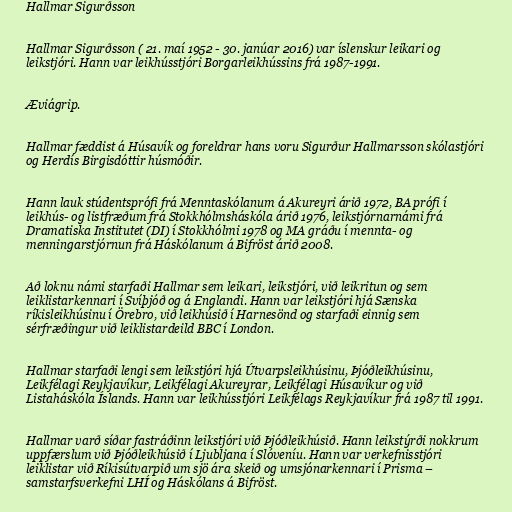
Hallmar Sigurðsson

Hallmar Sigurðsson ( 21. maí 1952 - 30. janúar 2016) var íslenskur leikari og
leikstjóri. Hann var leikhússtjóri Borgarleikhússins frá 1987-1991.

Æviágrip.

Hallmar fæddist á Húsavík og foreldrar hans voru Sigurður Hallmarsson skólastjóri
og Herdís Birgisdóttir húsmóðir.

Hann lauk stúdentsprófi frá Menntaskólanum á Akureyri árið 1972, BA prófi í
leikhús- og listfræðum frá Stokkhólmsháskóla árið 1976, leikstjórnarnámi frá
Dramatiska Institutet (DI) í Stokkhólmi 1978 og MA gráðu í mennta- og
menningarstjórnun frá Háskólanum á Bifröst árið 2008.

Að loknu námi starfaði Hallmar sem leikari, leikstjóri, við leikritun og sem
leiklistarkennari í Svíþjóð og á Englandi. Hann var leikstjóri hjá Sænska
ríkisleikhúsinu í Örebro, við leikhúsið í Harnesönd og starfaði einnig sem
sérfræðingur við leiklistardeild BBC í London.

Hallmar starfaði lengi sem leikstjóri hjá Útvarpsleikhúsinu, Þjóðleikhúsinu,
Leikfélagi Reykjavíkur, Leikfélagi Akureyrar, Leikfélagi Húsavíkur og við
Listaháskóla Íslands. Hann var leikhússtjóri Leikfélags Reykjavíkur frá 1987 til 1991.

Hallmar varð síðar fastráðinn leikstjóri við Þjóðleikhúsið. Hann leikstýrði nokkrum
uppfærslum við Þjóðleikhúsið í Ljubljana í Slóveníu. Hann var verkefnisstjóri
leiklistar við Ríkisútvarpið um sjö ára skeið og umsjónarkennari í Prisma –
samstarfsverkefni LHÍ og Háskólans á Bifröst.